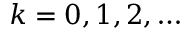
k = 0 , 1 , 2 , \ldots